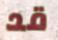
قد